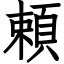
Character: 頼